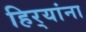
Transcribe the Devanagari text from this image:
हिर्‍यांना